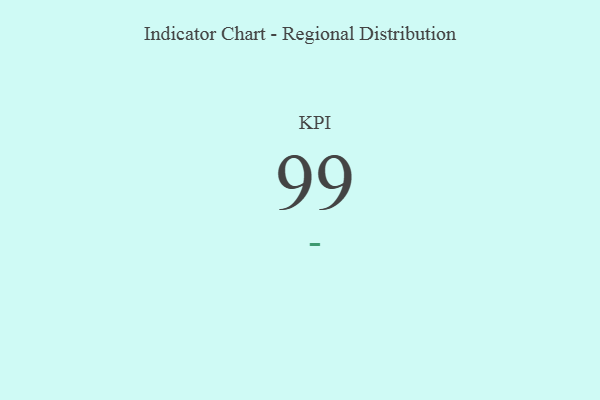
{"axis": {"x": "KPI", "y": "Value"}, "legend": [""], "data": [{"x": "KPI", "y": 99, "type": ""}]}